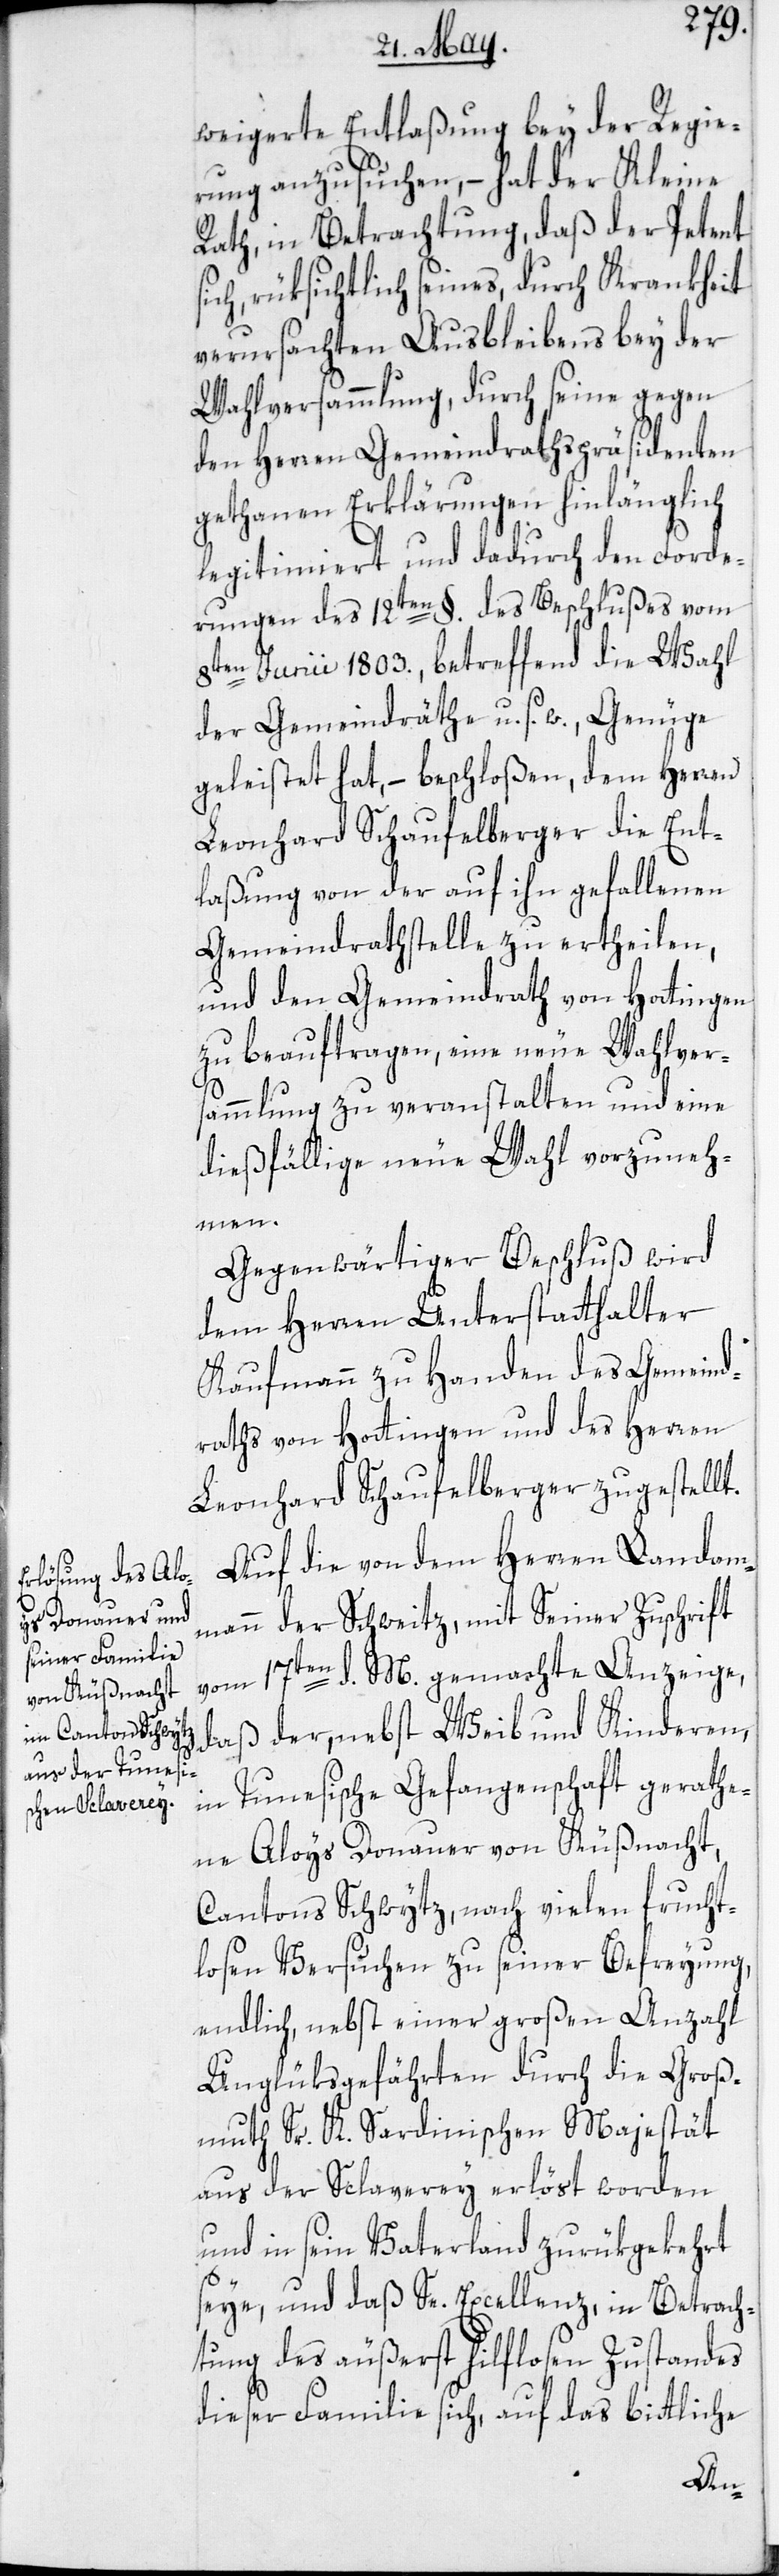
weigerte Entlaßung bey der Regie¬
rung anzusuchen, – hat der Kleine
Rath, in Betrachtung, daß der Petent
ich, rüksichtlich seines, durch Krankheit
verursachten Ausbleibens bey der
Wahlversammlung, durch seine gegen
den Herren Gemeindrathspräsidenten
gethanen Erklärungen hinlänglich
legitimiert und dadurch den Forde¬
rungen des 12ten §. des Beschlußes vom
8ten Junii 1803., betreffend die Wahl
der Gemeindräthe u. s. w., Genüge
geleistet hat, – beschloßen, dem Herren
Leonhard Schaufelberger die Ent¬
laßung von der auf ihn gefallenen
Gemeindrathstelle zu ertheilen,
und den Gemeindrath von Hottingen
zu beauftragen, eine neue Wahlver¬
sammlung zu veranstalten und eine
dießfällige neue Wahl vorzuneh¬
men.
Gegenwärtiger Beschluß wird
dem Herren Unterstatthalter
Kaufmann zu Handen des Gemeind¬
raths von Hottingen und des Herren
Leonhard Schaufelberger zugestellt.
Auf die von dem Herren Landam¬
mann der Schweitz, mit Seiner Zuschrift
vom 17ten d. M. gemachte Anzeige,
daß der, nebst Weib und Kinderen,
in Tunesische Gefangenschaft gerathe¬
ne Aloys Donauer von Küßnacht,
Cantons Schwytz, nach vielen frucht¬
losen Versuchen zu seiner Befreyung,
endlich, nebst einer großen Anzahl
Unglüksgefährten durch die Groß¬
muth Sr. K. Sardinischen Majestät
aus der Sclaverey erlöst worden
und in sein Vaterland zurükgekehrt
seye, und daß Se. Excellenz, in Betrach¬
tung des äußerst hilflosen Zustandes
dieser Familie sich, auf das bittliche
s¬